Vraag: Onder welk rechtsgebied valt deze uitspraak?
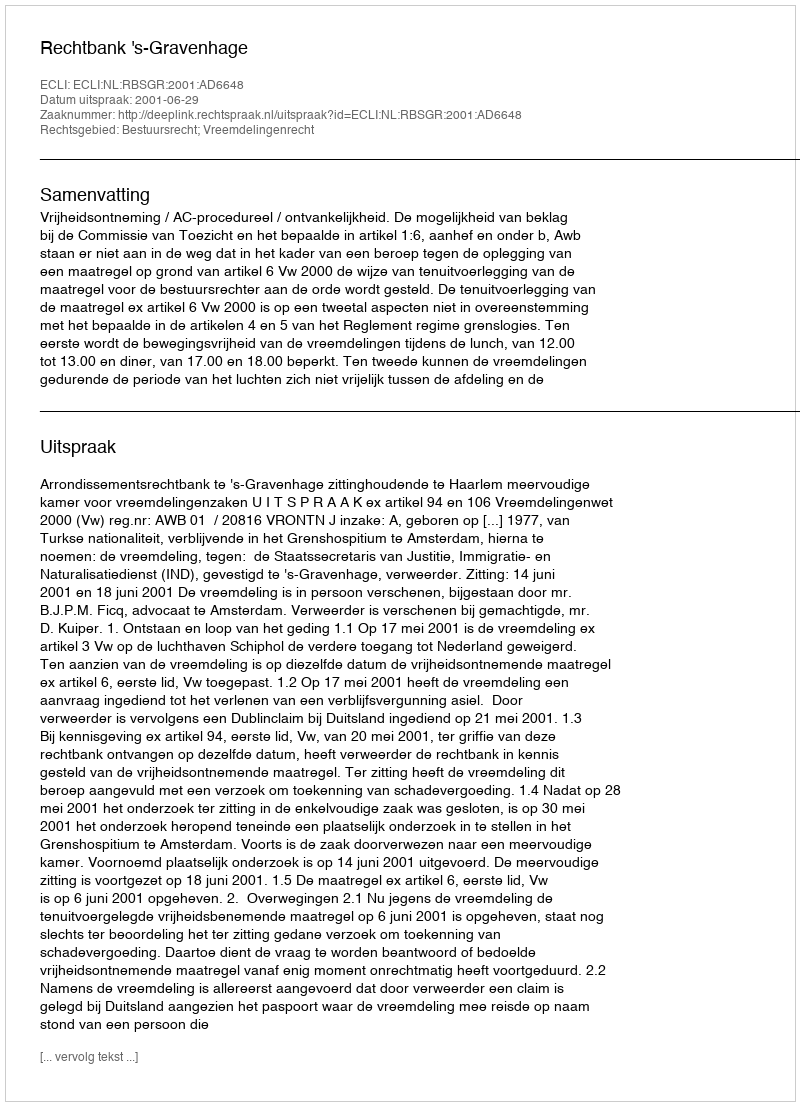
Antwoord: Bestuursrecht; Vreemdelingenrecht